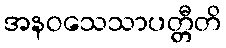
အနဝသေသာပတ္တီတိ